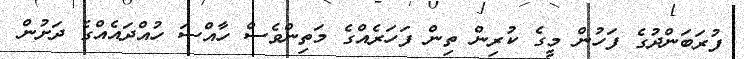
ފުރަބަންދުގެ ފަހުން މީގެ ކުރިން ތިން ފަހަރެއްގެ މަތިންވެސް ހާއްސަ ހުއްދައެއްގެ ދަށުން